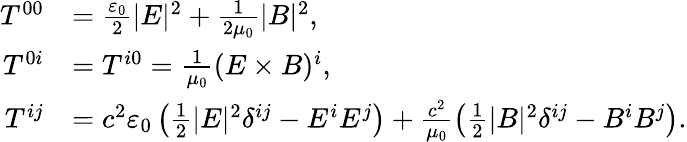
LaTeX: \begin{array}{rl}{T^{00}}&{=\frac{\varepsilon_{0}}{2}\lvert E\rvert^{2}+\frac{1}{2\mu_{0}}\lvert B\rvert^{2},}\\ {T^{0i}}&{=T^{i0}=\frac{1}{\mu_{0}}(E\times B)^{i},}\\ {T^{ij}}&{=c^{2}\varepsilon_{0}\left(\frac{1}{2}\lvert E\rvert^{2}\delta^{ij}-E^{i}E^{j}\right)+\frac{c^{2}}{\mu_{0}}\left(\frac{1}{2}\lvert B\rvert^{2}\delta^{ij}-B^{i}B^{j}\right).}\end{array}